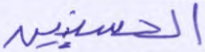
الحسنيين